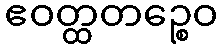
ဧဝတ္ထတဉ္စေဝ